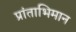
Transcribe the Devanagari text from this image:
प्रांताभिमान